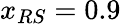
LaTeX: x_{RS}=0.9